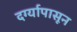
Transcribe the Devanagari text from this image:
दर्ग्यापासून